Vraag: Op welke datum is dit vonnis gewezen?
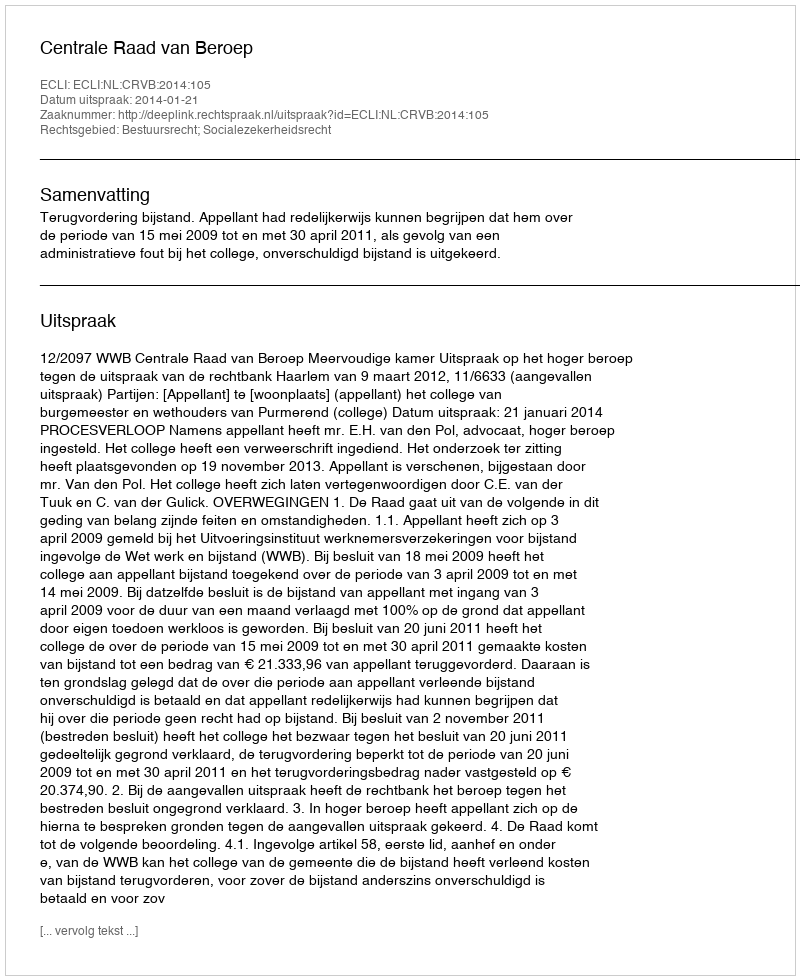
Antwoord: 2014-01-21